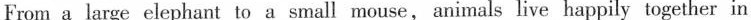
From a large elephant to a small mouse, animals live happily together in